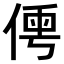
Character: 𠋐